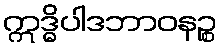
ဣဒ္ဓိပါဒဘာဝနဉ္စ